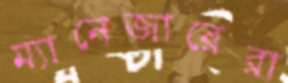
ম্যানেজারেরা